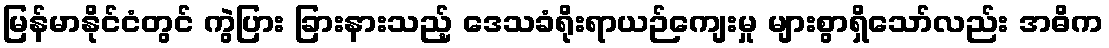
မြန်မာနိုင်ငံတွင် ကွဲပြား ခြားနားသည့် ဒေသခံရိုးရာယဉ်ကျေးမှု များစွာရှိသော်လည်း အဓိက